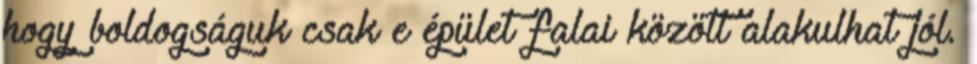
hogy boldogságuk csak e épület falai között alakulhat jól.